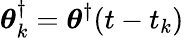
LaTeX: \boldsymbol{\theta}_{k}^{\dagger}=\boldsymbol{\theta}^{\dagger}(t-t_{k})